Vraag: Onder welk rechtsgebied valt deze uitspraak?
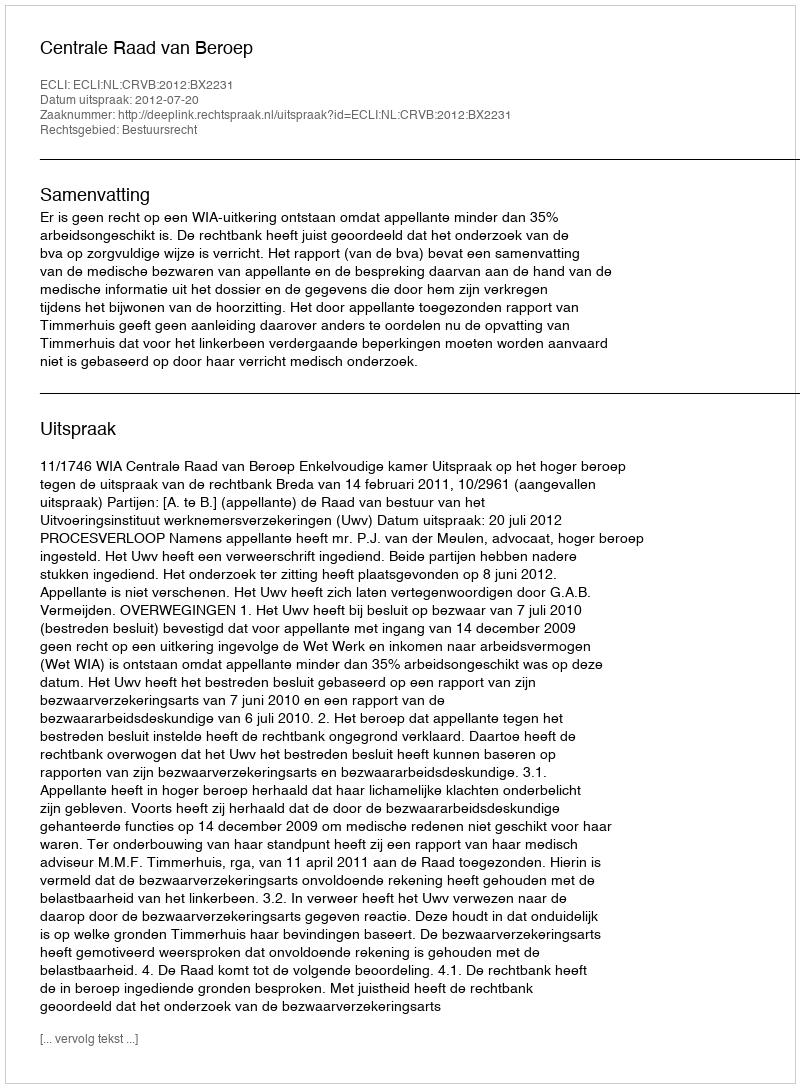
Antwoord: Bestuursrecht